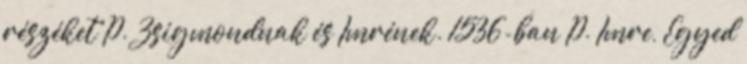
részéket P. Zsigmondnak és Imrének. 1536-ban P. Imre, Egyed